Document type: Sale
Year: 1435
Scribe: Pere Soler
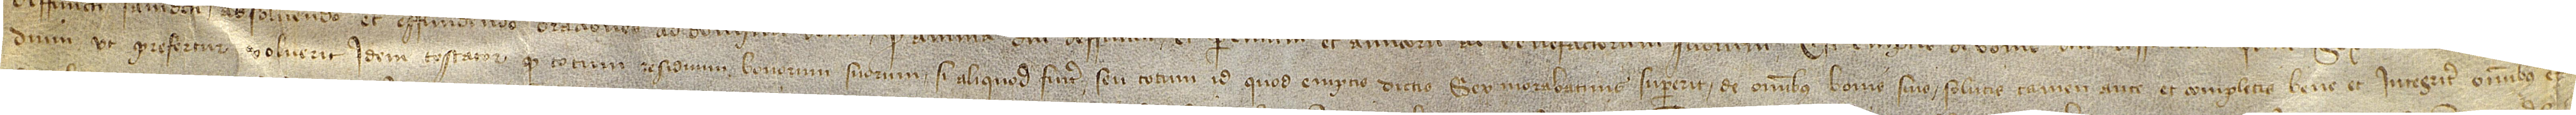
dium, ut prefertur, voluerit idem testator quod totum residuum bonoum suorum, si aliquod fuerit, seu totum id quod emptis dictis sex morabatinis supererit, de omnibus bonis suis, solutis tamen ante et completis bene et integriter omnibus et